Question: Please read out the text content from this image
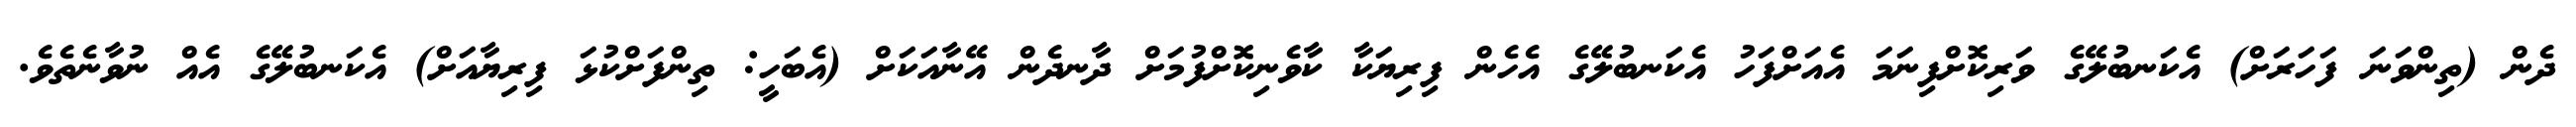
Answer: ދެން (ތިންވަނަ ފަހަރަށް) އެކަނބުލޭގެ ވަރިކޮށްފިނަމަ އެއަށްފަހު އެކަނބުލޭގެ އެހެން ފިރިޔަކާ ކާވެނިކޮށްފުމަށް ދާނދެން އޭނާއަކަށް (އެބަހީ: ތިންފަށްކުޅަ ފިރިޔާއަށް) އެކަނބުލޭގެ އެއް ނުވާނެތެވެ.